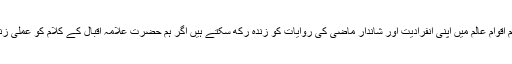
اُنہوں نے کہا کہ ہم اقوام عالم میں اپنی انفرادیت اور شاندار ماضی کی روایات کو زندہ رکھ سکتے ہیں اگر ہم حضرت علامہ اقبالؒ کے کلام کو عملی زندگیوں میں اتارلیں۔